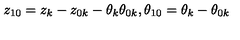
z _ { 1 0 } = z _ { k } - z _ { 0 k } - \theta _ { k } \theta _ { 0 k } , \theta _ { 1 0 } = \theta _ { k } - \theta _ { 0 k }